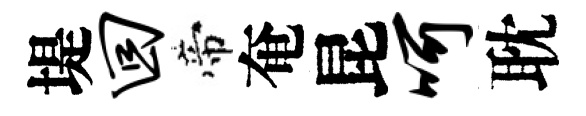
堤回帝奄昆呵耽